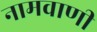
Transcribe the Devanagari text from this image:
नामवाणी